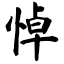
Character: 悼